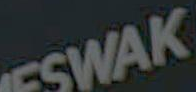
ESWAK